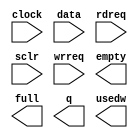
module small_fifo (
	clock,
	data,
	rdreq,
	sclr,
	wrreq,
	empty,
	full,
	q,
	usedw);

	input	  clock;
	input	[71:0]  data;
	input	  rdreq;
	input	  sclr;
	input	  wrreq;
	output	  empty;
	output	  full;
	output	[71:0]  q;
	output	[2:0]  usedw;

endmodule